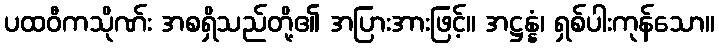
ပထဝီကသိုဏ်း အစရှိသည်တို့၏ အပြားအားဖြင့်။ အဋ္ဌန္နံ၊ ရှစ်ပါးကုန်သော။